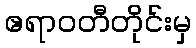
ဧရာဝတီတိုင်းမှ